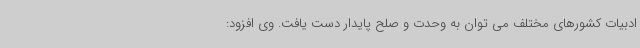
ادبیات کشورهای مختلف می توان به وحدت و صلح پایدار دست یافت. وی افزود: